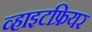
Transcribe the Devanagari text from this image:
व्हाइटफ्रियर